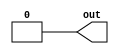
module top_module (
    output out);

    assign out = 1'b0;

endmodule